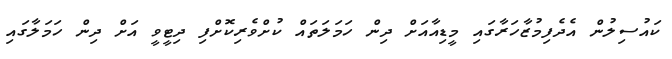
ކައުސިލުން އެދެފިމުޒާހަރާގައި މީޑިއާއަށް ދިން ހަމަލަތައް ކުށްވެރިކޮށްފި ދިޓީވީ އަށް ދިން ހަމަލާގައި